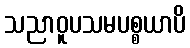
သညာဝူပသမပစ္စယာပိ